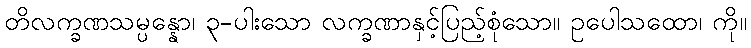
တိလက္ခဏသမ္ပန္နော၊ ၃-ပါးသော လက္ခဏာနှင့်ပြည့်စုံသော။ ဥပေါသထော၊ ကို။